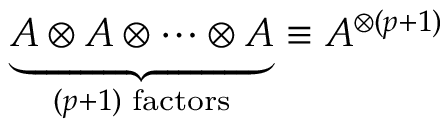
\underbrace { A \otimes A \otimes \cdots \otimes A } _ { ( p + 1 ) \, \, \mathrm { f a c t o r s } } \equiv A ^ { \otimes ( p + 1 ) }